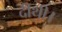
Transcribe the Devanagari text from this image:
दीथी।